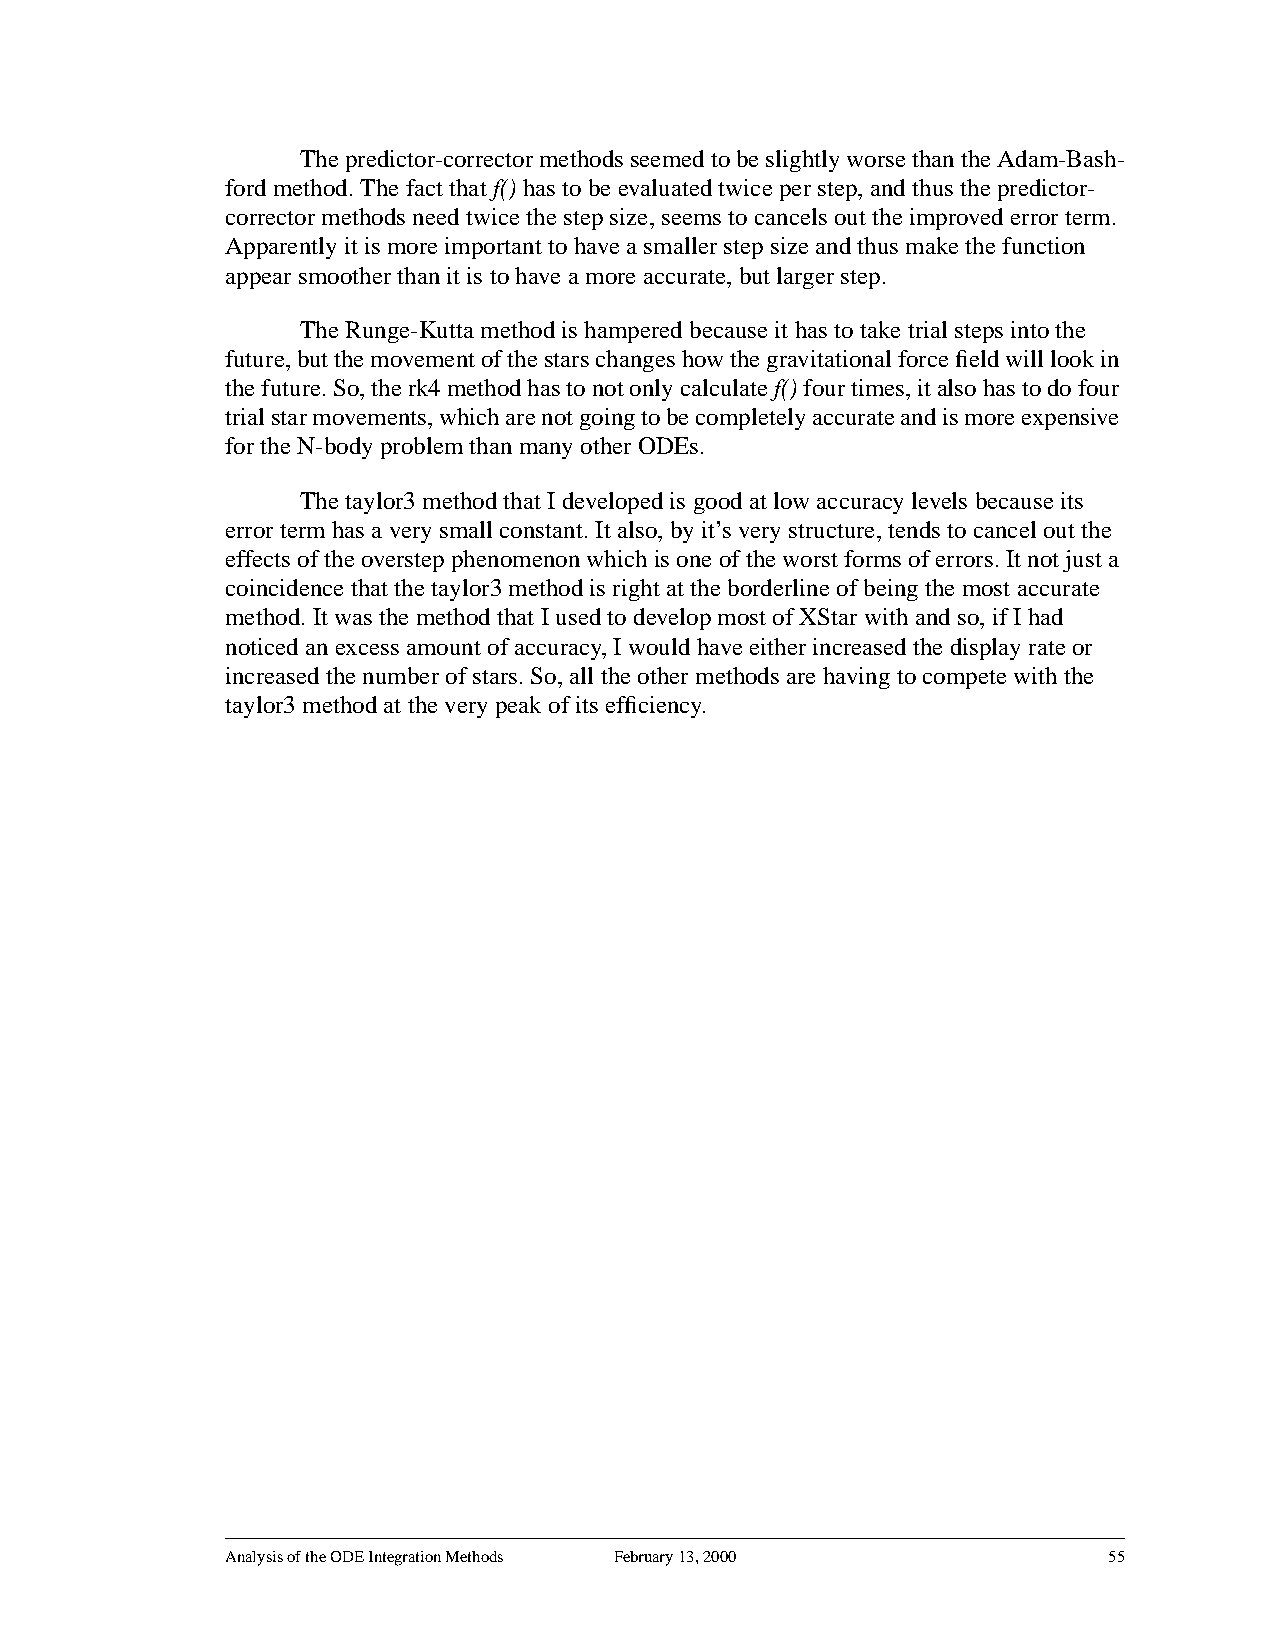
Thepredictor-correctormethodsseemedtobeslightlyworsethantheAdam-Bash-
 ford method. The fact thatf() has to be evaluated twice per step, and thus the predictor-
 corrector methods need twice the step size, seems to cancels out the improved error term.
 Apparently it is more important to have a smaller step size and thus make the function
 appear smoother than it is to have a more accurate, but larger step.
 The Runge-Kutta method is hampered because it has to take trial steps into the
 future,butthemovementofthestarschangeshowthegravitationalforcefieldwilllookin
 thefuture.So,therk4methodhastonotonlycalculatef()fourtimes,italsohastodofour
 trialstarmovements,whicharenotgoingtobecompletelyaccurateandismoreexpensive
 for the N-body problem than many other ODEs.
 The taylor3 method that I developed is good at low accuracy levels because its
 error term has a very small constant. It also, by it’s very structure, tends to cancel out the
 effectsoftheoverstepphenomenonwhichisoneoftheworstformsoferrors.Itnotjusta
 coincidence that the taylor3 method is right at the borderline of being the most accurate
 method. It was the method that I used to develop most of XStar with and so, if I had
 noticed an excess amount of accuracy, I would have either increased the display rate or
 increased the number of stars. So, all the other methods are having to compete with the
 taylor3 method at the very peak of its efficiency.
 Analysis of the ODE Integration Methods February 13, 2000 55